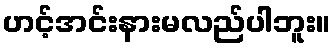
ဟင့်အင်းနားမလည်ပါဘူး။